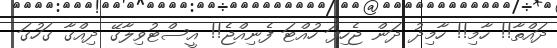
ދައްތާ!! ހާމި!! ހާމިދު ދަން ޖެހިފަ ހުއްޓަ ފެނިއްޖެ!! އީސްޓުވިލާގޭ ދިއްގާ ގަހުގަ